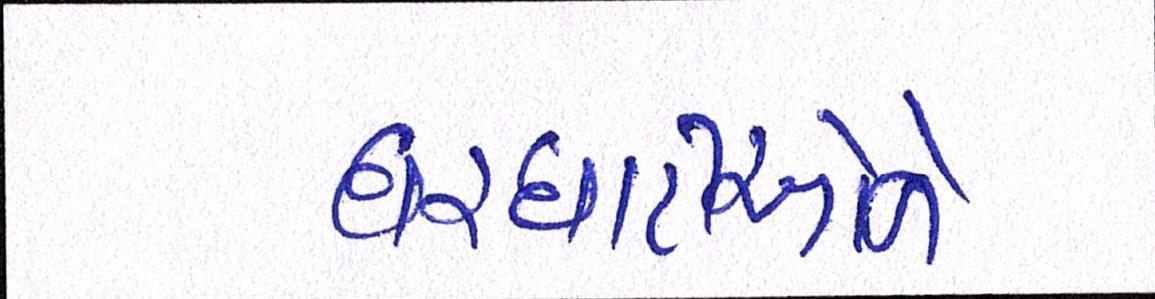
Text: ઘરઘાટીઓને